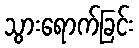
သွားရောက်ခြင်း